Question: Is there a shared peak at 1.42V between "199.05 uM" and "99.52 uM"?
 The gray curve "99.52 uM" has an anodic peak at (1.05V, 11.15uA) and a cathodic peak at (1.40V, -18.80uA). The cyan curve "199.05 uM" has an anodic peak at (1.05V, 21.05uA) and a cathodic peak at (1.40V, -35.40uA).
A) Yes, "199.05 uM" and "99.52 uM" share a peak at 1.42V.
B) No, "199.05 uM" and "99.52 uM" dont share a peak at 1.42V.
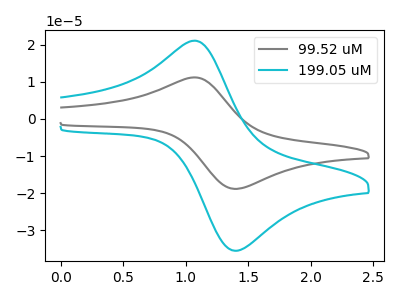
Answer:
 <answer>A) Yes, "199.05 uM" and "99.52 uM" share a peak at 1.42V.</answer>
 <eval>A</eval>